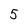
Character: 5